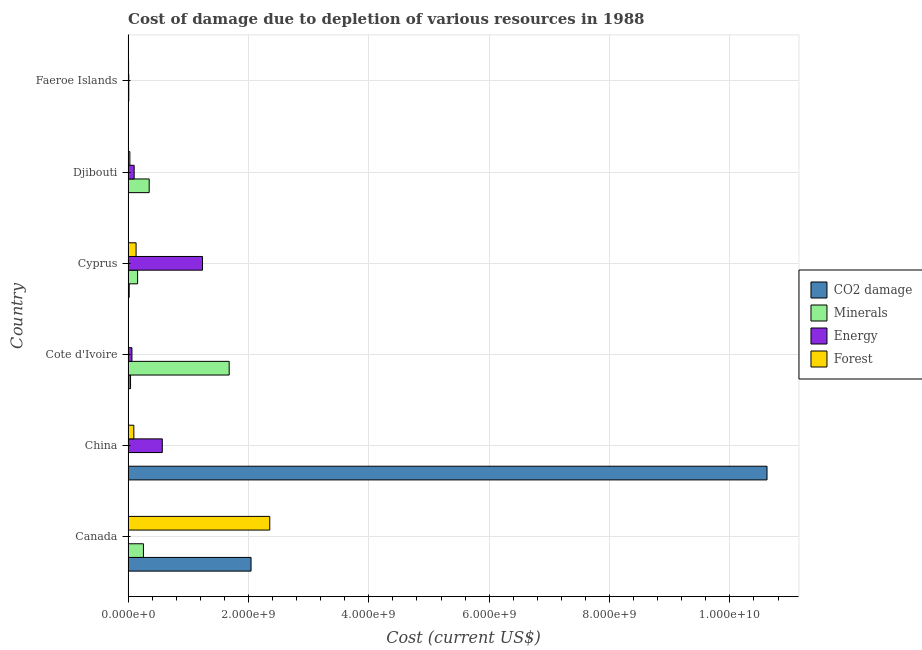
| Country | CO2 damage | Minerals | Energy | Forest |
 | --- | --- | --- | --- | --- |
 | Canada | 2.04e+09 | 2.55e+08 | 4.08e+06 | 2.35e+09 |
 | China | 1.06e+10 | 1.52e+04 | 5.69e+08 | 9.58e+07 |
 | Cote d'Ivoire | 4.1e+07 | 1.68e+09 | 6.41e+07 | 5.89e+04 |
 | Cyprus | 1.85e+07 | 1.59e+08 | 1.24e+09 | 1.33e+08 |
 | Djibouti | 1.59e+06 | 3.51e+08 | 1.01e+08 | 2.96e+07 |
 | Faeroe Islands | 2.37e+06 | 1.17e+07 | 1.18e+07 | 8.3e+06 |